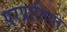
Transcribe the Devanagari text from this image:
परप्रातियों